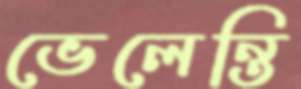
ভেলেন্তি